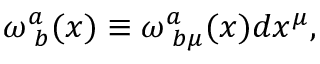
\omega _ { \; b } ^ { a } ( x ) \equiv \omega _ { \; b \mu } ^ { a } ( x ) d x ^ { \mu } ,